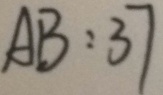
A B : 3 7